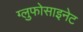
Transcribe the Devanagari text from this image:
ग्लुफोसाइनेट